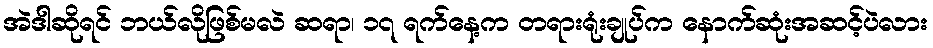
အဲဒါဆိုရင် ဘယ်လိုဖြစ်မလဲ ဆရာ၊ ၁၇ ရက်နေ့က တရားရုံးချုပ်က နောက်ဆုံးအဆင့်ပဲလား